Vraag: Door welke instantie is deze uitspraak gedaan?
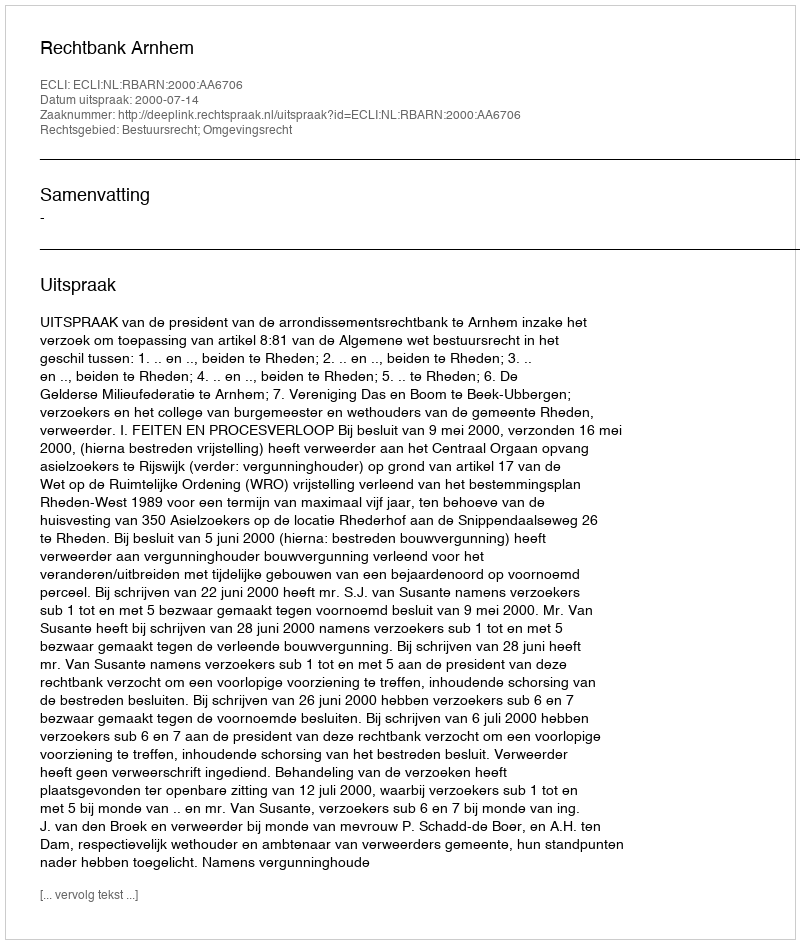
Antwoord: Rechtbank Arnhem